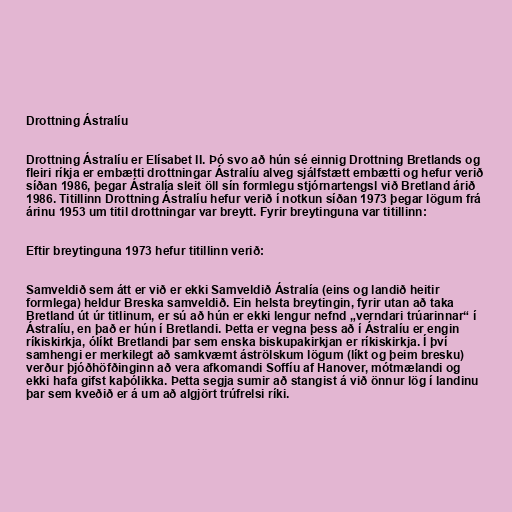
Drottning Ástralíu

Drottning Ástralíu er Elísabet II. Þó svo að hún sé einnig Drottning Bretlands og
fleiri ríkja er embætti drottningar Ástralíu alveg sjálfstætt embætti og hefur verið
síðan 1986, þegar Ástralía sleit öll sín formlegu stjórnartengsl við Bretland árið
1986. Titillinn Drottning Ástralíu hefur verið í notkun síðan 1973 þegar lögum frá
árinu 1953 um titil drottningar var breytt. Fyrir breytinguna var titillinn:

Eftir breytinguna 1973 hefur titillinn verið:

Samveldið sem átt er við er ekki Samveldið Ástralía (eins og landið heitir
formlega) heldur Breska samveldið. Ein helsta breytingin, fyrir utan að taka
Bretland út úr titlinum, er sú að hún er ekki lengur nefnd „verndari trúarinnar“ í
Ástralíu, en það er hún í Bretlandi. Þetta er vegna þess að í Ástralíu er engin
ríkiskirkja, ólíkt Bretlandi þar sem enska biskupakirkjan er ríkiskirkja. Í því
samhengi er merkilegt að samkvæmt áströlskum lögum (líkt og þeim bresku)
verður þjóðhöfðinginn að vera afkomandi Soffíu af Hanover, mótmælandi og
ekki hafa gifst kaþólikka. Þetta segja sumir að stangist á við önnur lög í landinu
þar sem kveðið er á um að algjört trúfrelsi ríki.